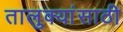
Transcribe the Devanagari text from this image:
तालुक्यांसाठी